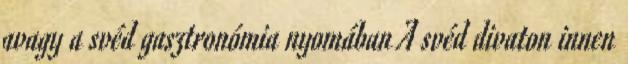
avagy a svéd gasztronómia nyomában A svéd divaton innen